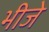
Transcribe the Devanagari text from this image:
भीजे